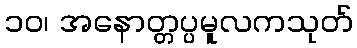
၁၀၊ အနောတ္တပ္ပမူလကသုတ်